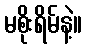
မစိုးရိမ်နဲ့။